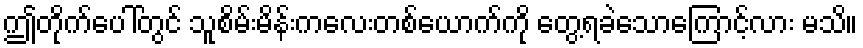
ဤတိုက်ပေါ်တွင် သူစိမ်းမိန်းကလေးတစ်ယောက်ကို တွေ့ရခဲသောကြောင့်လား မသိ။